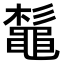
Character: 𪓫